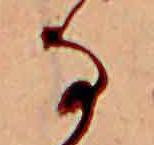
な